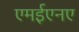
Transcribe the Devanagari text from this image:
एमईएनए